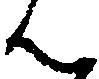
ん